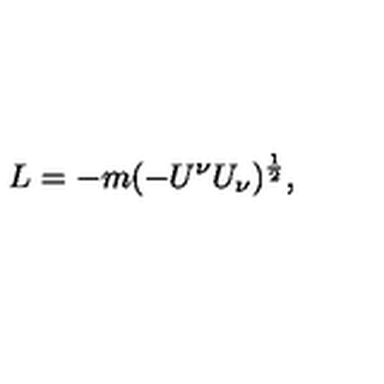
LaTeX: L = - m ( - U ^ { \nu } U _ { \nu } ) ^ { \frac { 1 } { 2 } } ,